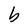
Character: b